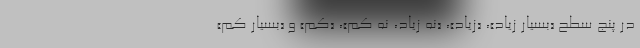
در پنج سطح «بسیار زیاد»، «زیاد»، «نه زیاد، نه کم»، «کم» و «بسیار کم»